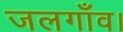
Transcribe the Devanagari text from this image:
जलगाँव।